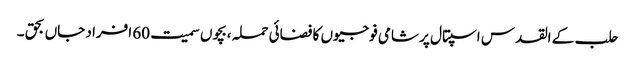
حلب کے القدس اسپتال پر شامی فوجیوں کا فضائی حملہ ،بچوں سمیت 60 افراد جاں بحق ۔